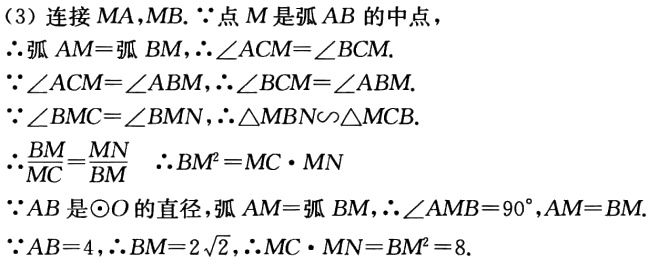
（3）连接 \(MA,MB\). \(\because\)点 \(M\)是弧 \(AB\)的中点，

\(\therefore\)弧 \(AM =\)弧 \(BM\)，\(\therefore\angle ACM=\angle BCM\).

\(\because\angle ACM = \angle ABM\)，\(\therefore\angle BCM=\angle ABM\).

\(\because\angle BMC=\angle BMN\)，\(\therefore\triangle MBN\sim\triangle MCB\).

\(\therefore\frac{BM}{MC}=\frac{MN}{BM}\)  \(\therefore BM^{2}=MC\cdot MN\)

\(\because AB\)是\(\odot O\)的直径，弧 \(AM =\)弧 \(BM\)，\(\therefore\angle AMB = 90^{\circ}\)，\(AM = BM\).

\(\because AB = 4\)，\(\therefore BM = 2\sqrt{2}\)，\(\therefore MC\cdot MN=BM^{2}=8\).